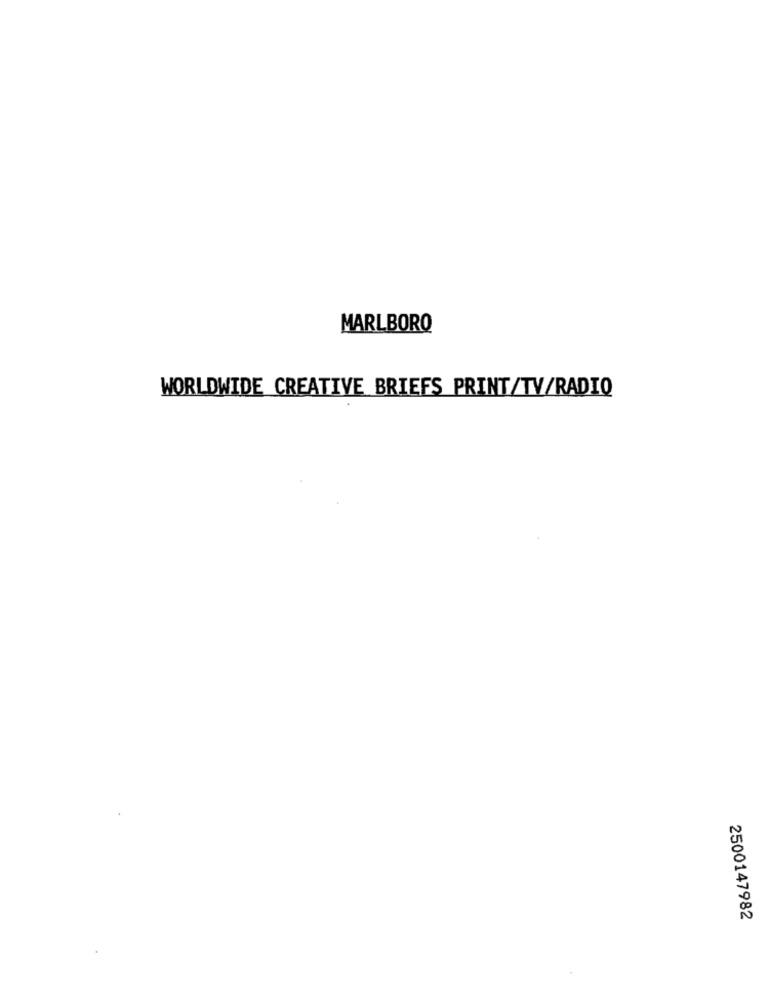
MARLBORO
WORLDWIDE CREATIVE BRIEFS PRINT/TV/RADIO
2500147982